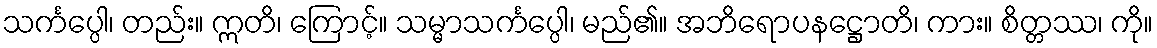
သင်္ကပ္ပေါ၊ တည်း။ ဣတိ၊ ကြောင့်။ သမ္မာသင်္ကပ္ပေါ၊ မည်၏။ အဘိရောပနဋ္ဌောတိ၊ ကား။ စိတ္တဿ၊ ကို။